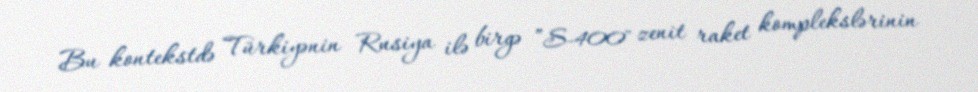
Bu kontekstdə Türkiyənin Rusiya ilə birgə ”S-400" zenit raket komplekslərinin